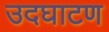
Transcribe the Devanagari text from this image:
उदघाटण